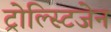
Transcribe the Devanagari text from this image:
ट्रोल्स्टिजेन